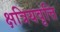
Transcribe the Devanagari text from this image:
क्षत्रियवृत्ति